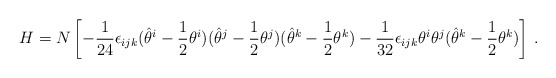
\begin{align*}H = N \left[ -\frac{1}{24}\epsilon_{ijk} (\hat \theta^i - \frac{1}{2}\theta^i)(\hat \theta^j - \frac{1}{2}\theta^j)(\hat \theta^k - \frac{1}{2}\theta^k) - \frac{1}{32}\epsilon_{ijk} \theta^i \theta^j (\hat \theta^k - \frac{1}{2}\theta^k) \right]\,.\end{align*}